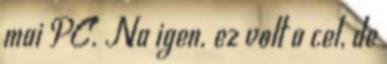
mai PC. Na igen. ez volt a cel, de